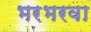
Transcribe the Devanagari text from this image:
भरभरवा